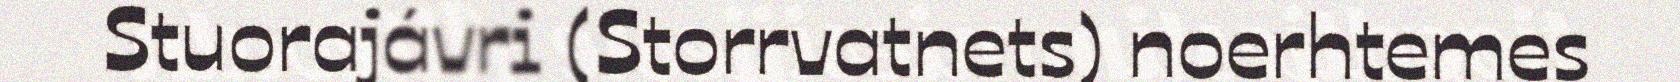
Stuorajávri (Storrvatnets) noerhtemes